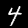
Digit: 4